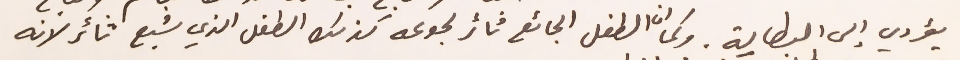
يؤدي الى البطالة وكما ان الطفل الجائع تأثر لجوعه كذلك الطفل الذي شبع تأثر لانه